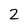
Character: 2